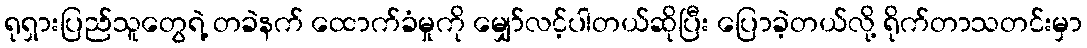
ရုရှားပြည်သူတွေရဲ့ တခဲနက် ထောက်ခံမှုကို မျှော်လင့်ပါတယ်ဆိုပြီး ပြောခဲ့တယ်လို့ ရိုက်တာသတင်းမှာ